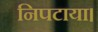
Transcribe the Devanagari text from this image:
निपटाया।